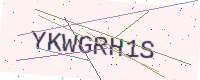
Text: YKWGRH1S